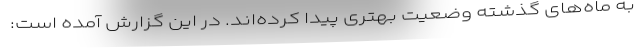
به ماه‌های گذشته وضعیت بهتری پیدا کرده‌اند. در این گزارش آمده است: